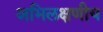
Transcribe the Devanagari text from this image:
अभिलक्षणीय